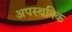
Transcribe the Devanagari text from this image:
अपस्थनिक